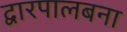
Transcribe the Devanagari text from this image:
द्वारपालबना